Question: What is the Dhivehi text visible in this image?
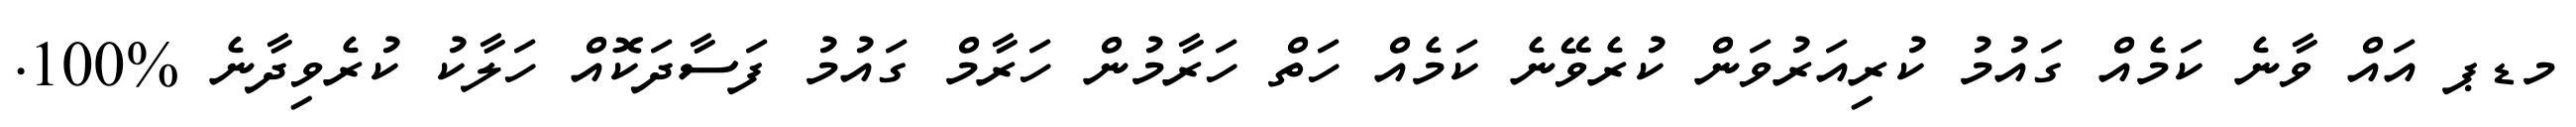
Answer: މޑޕ އައް ވާނެ ކަމެއް ގައުމު ކުރިއަރުވަން ކުރެވޭނެ ކަމެއް ހަތް ހަރާމުން ހަރާމް ގައުމު ފަސާދަކޮއް ހަލާކު ކުރެވިދާނެ %100.